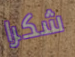
شكرا